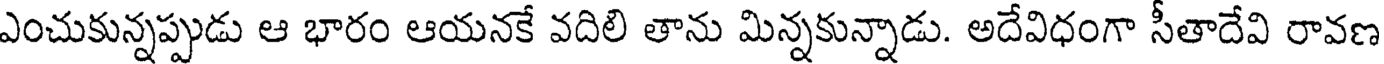
ఎంచుకున్నప్పుడు ఆ భారం ఆయనకే వదిలి తాను మిన్నకున్నాడు. అదేవిధంగా సీతాదేవి రావణ